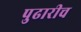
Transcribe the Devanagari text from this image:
पुढारीच